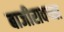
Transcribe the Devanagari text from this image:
बाजीरावच्या